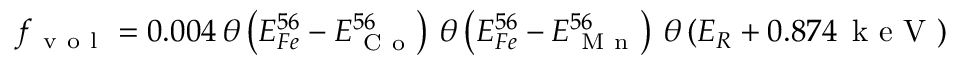
f _ { \mathrm { ~ v ~ o ~ l ~ } } = 0 . 0 0 4 \, \theta \left( E _ { F e } ^ { 5 6 } - E _ { \mathrm { ~ C ~ o ~ } } ^ { 5 6 } \right) \, \theta \left( E _ { F e } ^ { 5 6 } - E _ { \mathrm { ~ M ~ n ~ } } ^ { 5 6 } \right) \, \theta \left( E _ { R } + 0 . 8 7 4 \, \mathrm { ~ k ~ e ~ V ~ } \right)